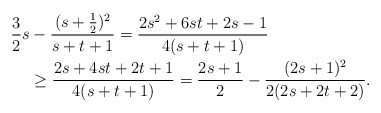
\begin{align*}\frac{3}{2}s&-\frac{(s+\frac{1}{2})^2}{s+t+1} = \frac{2s^2 + 6st +2s-1}{4(s+t+1)} \\ &\geq\frac{2s + 4st +2t +1}{4(s+t+1)} = \frac{2s+1}{2} - \frac{(2s+1)^2}{2(2s+2t+2)}.\end{align*}